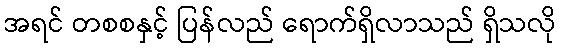
အရင် တစစနှင့် ပြန်လည် ရောက်ရှိလာသည် ရှိသလို